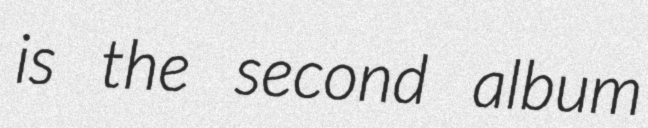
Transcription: is the second album